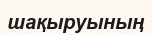
шақыруының